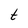
Character: t